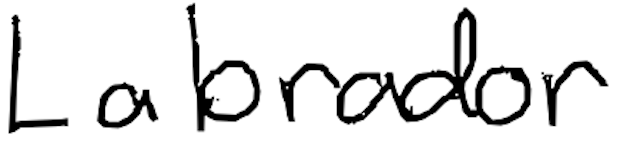
Text: Labrador
Cross-out: clean
Writing tool: digital_black